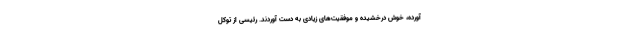
آورده، خوش درخشیده و موفقیت‌های زیادی به دست آوردند. رئیسی از توکل